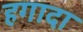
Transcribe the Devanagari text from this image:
हगादा